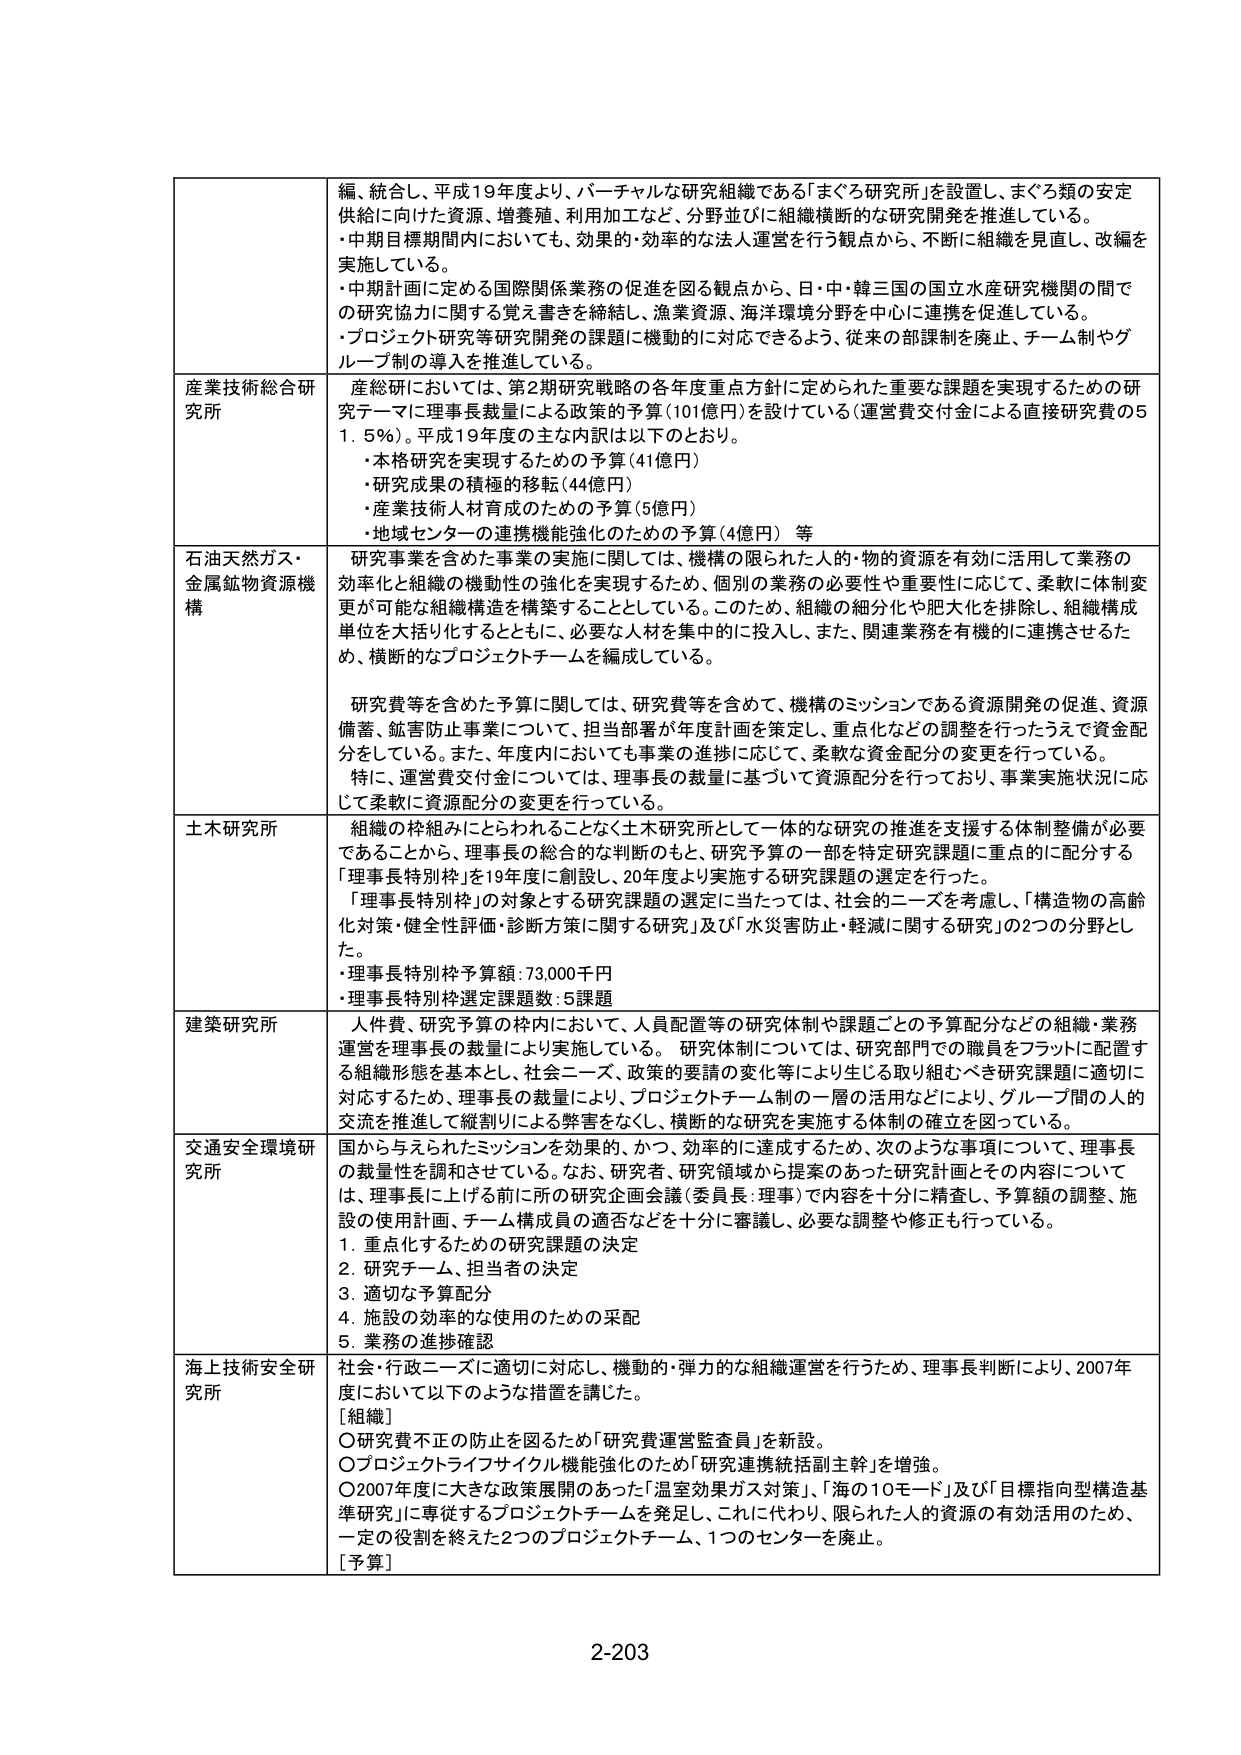
編、統合し、平成19年度より、バーチャルな研究組織である「まぐろ研究所」を設置し、まぐろ類の安定供給に向けた資源、増養殖、利用加工など、分野並びに組織横断的な研究開発を推進している。
・中期目標期間内においても、効果的・効率的な法人運営を行う観点から、不断に組織を見直し、改編を実施している。
・中期計画に定める国際関係業務の促進を図る観点から、日・中・韓三国の国立水産研究機関の間での研究協力に関する覚書を締結し、漁業資源、海洋環境分野を中心に連携を促進している。
・プロジェクト研究等研究開発の課題に機動的に対応できるよう、従来の部課制を廃止、チーム制やグループ制の導入を推進している。

産業技術総合研究所
産総研においては、第2期研究戦略の各年度重点方針に定められた重要な課題を実現するための研究テーマに理事長裁量による政策的予算（101億円）を設けている（運営費交付金による直接研究費の51.5％）。平成19年度の主な内訳は以下のとおり。
・本格研究を実現するための予算（41億円）
・研究成果の積極的移転（44億円）
・産業技術人材育成のための予算（5億円）
・地域センターの連携機能強化のための予算（4億円）等

石油天然ガス・金属鉱物資源機構
研究事業を含めた事業の実施に関しては、機構の限られた人的・物的資源を有効に活用して業務の効率化と組織の機動性の強化を実現するため、個別の業務の必要性や重要性に応じて、柔軟に体制変更が可能な組織構造を構築することとしている。このため、組織の細分化や肥大化を排除し、組織構成単位を大括り化するとともに、必要な人材を集中的に投入し、また、関連業務を有機的に連携させるため、横断的なプロジェクトチームを編成している。

研究費等を含めた予算に関しては、研究費等を含めて、機構のミッションである資源開発の促進、資源備蓄、鉱害防止事業について、担当部署が年度計画を策定し、重点化などの調整を行ったうえで資金配分をしている。また、年度内においても事業の進捗に応じて、柔軟な資金配分の変更を行っている。
特に、運営費交付金については、理事長の裁量に基づいて資源配分を行っており、事業実施状況に応じて柔軟に資源配分の変更を行っている。

土木研究所
組織の枠組みにとらわれることなく土木研究所として一体的な研究の推進を支援する体制整備が必要であることから、理事長の総合的な判断のもと、研究予算の一部を特定研究課題に重点的に配分する「理事長特別枠」を19年度に創設し、20年度より実施する研究課題の選定を行った。
「理事長特別枠」の対象とする研究課題の選定に当たっては、社会的ニーズを考慮し、「構造物の高齢化対策・健全性評価・診断方策に関する研究」及び「水災害防止・軽減に関する研究」の2つの分野とした。
・理事長特別枠予算額：73,000千円
・理事長特別枠選定課題数：5課題

建築研究所
人件費、研究予算の枠内において、人員配置等の研究体制や課題ごとの予算配分などの組織・業務運営を理事長の裁量により実施している。研究体制については、研究部門での職員をフラットに配置する組織形態を基本とし、社会ニーズ、政策的要請の変化等により生じる取り組むべき研究課題に適切に対応するため、理事長の裁量により、プロジェクトチーム制の一層の活用などにより、グループ間の人的交流を推進して縦割りによる弊害をなくし、横断的な研究を実施する体制の確立を図っている。

交通安全環境研究所
国から与えられたミッションを効果的、かつ、効率的に達成するため、次のような事項について、理事長の裁量性を調和させている。なお、研究者、研究領域から提案のあった研究計画とその内容については、理事長に上げる前に、所の研究企画会議（委員長：理事）で内容を十分に精査し、予算額の調整、施設の使用計画、チーム構成員の適否などを十分に審議し、必要な調整や修正も行っている。
1. 重点化するための研究課題の決定
2. 研究チーム、担当者の決定
3. 適切な予算配分
4. 施設の効率的な使用のための采配
5. 業務の進捗確認

海上技術安全研究所
社会・行政ニーズに適切に対応し、機動的・弾力的な組織運営を行うため、理事長判断により、2007年度において以下のような措置を講じた。
[組織]
〇研究費不正の防止を図るため「研究費運営監査員」を新設。
〇プロジェクトライフサイクル機能強化のため「研究運営統括副主幹」を増強。
〇2007年度に大きな政策展開のあった「温室効果ガス対策」、「海の10モード」及び「目標指向型構造基準研究」に専従するプロジェクトチームを発足し、これに代わり、限られた人的資源の有効活用のため、一定の役割を終えた2つのプロジェクトチーム、1つのセンターを廃止。
[予算]

2-203